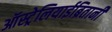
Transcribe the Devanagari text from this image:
ऑस्ट्रेलियाईब्रितानी